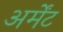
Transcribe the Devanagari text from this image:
अर्मेंट